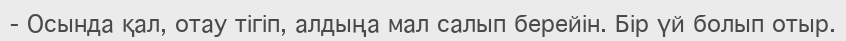
- Осында қал, отау тігіп, алдыңа мал салып берейін. Бір үй болып отыр.